Annual administration report of the Civil Veterinary Department of India - 1894-1895
Year: 1894
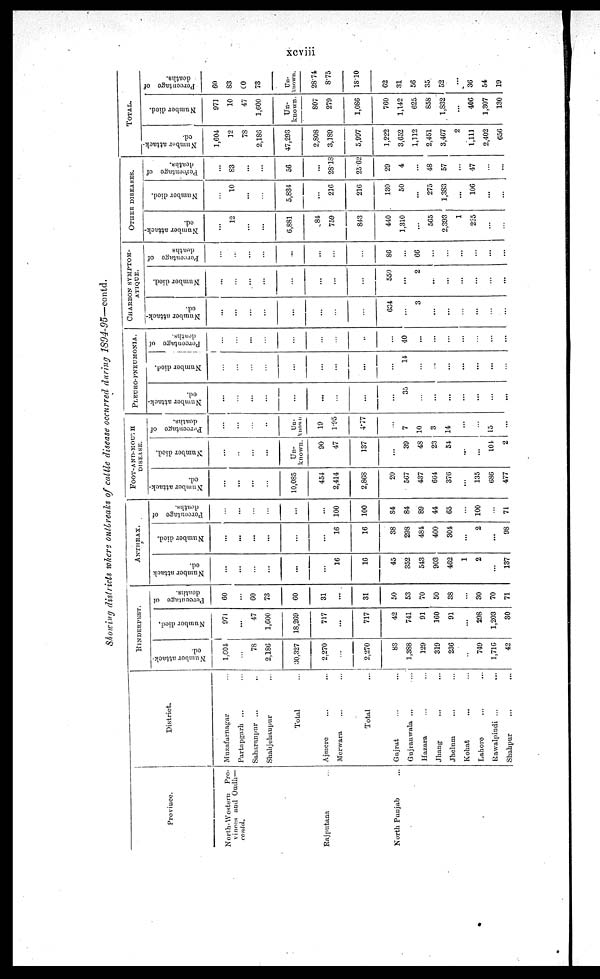
xcviii
Showing districts where oullreaks of cattle disease occurred, during 1894-95—contd.
Province.
North-Western
Pro-
vinces and Oudh—
contd.
Rajputana ...
North Punjab ...
District.
Muzafarnagar...
Partapgarh ... ...
Saharanpur ...
...
Shahjehaupur ...
Total... ...
Ajmere ... ...
Merwara ... ...
Total
...
Gujrat ... ...
Gujranwala ... ...
Hazara ... ...
Jhang
...
...
Jhelum ... ...
Kohat ... ...
Lahore...
Rawalpindi ...
...
Shahpur
...
...
RINDERPEST.
Number attack-
ed.
1,604
...
78
2,186
30,327
2,270
...
2,270
83
1,388
129
319
236
...
749
1,716
42
Number died.
971
...
47
1,600
18,269
717
...
717
42
741
91
160
91
...
298
1,203
30
Percontage of
deaths.
60
...
60
73
60
31
...
31
50
53
70
50
38
...
30
70
71
ANTHRAX.
Number attack
ed.
...
...
...
...
...
...
16
16
45
352
543
903
462
1
2
...
137
Number died.
...
...
...
...
...
...
16
16
38
298
484
400
304
...
2
...
98
Percentage of
deaths.
...
...
...
...
...
...
100
100
84
84
89
44
65
...
100
...
71
FOOT-AND-MOUTH
DISEASE.
Number attack-
ed.
...
...
...
...
10,085
451
2,414
2,868
20
567
437
664
376
...
135
686
477
Number died.
...
...
...
...
Un-
known.
90
47
137
...
39
48
23
54
...
...
104
2
Percentage of
deaths.
...
...
...
...
Un-
known
19
1.95
4.77
...
7
10
3
14
...
...
15
...
PLEURO-PNEUMONIA.
Number attack-
ed.
...
...
...
...
...
...
...
...
...
35
...
...
...
...
...
...
...
Number died.
...
...
...
...
...
...
...
...
...
14
...
...
...
...
...
...
...
Percentage of
deaths.
...
...
...
...
...
...
...
...
...
40
...
...
...
...
...
...
...
CHARBON
SYMPTOM¬
ATIQUE.
Number attack-
ed.
...
...
...
...
...
...
...
...
684
...
3
...
...
...
...
...
...
Number died.
...
...
...
...
...
...
...
...
550
...
2
..
...
...
...
...
...
Percentage of
deaths
...
...
...
...
...
...
...
...
86
...
66
...
...
...
...
...
...
OTHER
DISEASES.
Number attack-
ed.
...
12
...
...
6,881
84
759
843
440
1,310
...
565
2,393
1
255
...
...
Number died.
...
10
...
...
5,834
...
216
216
130
50
...
275
1,383
...
106
...
...
Percentage of
deaths.
...
83
...
...
56
...
28.18
25.62
29
4
...
48
57
...
47
...
...
TOTAL.
Number attack-
ed.
1,604
12
78
2,186
47,293
2,808
3,189
5,997
1,222
3,652
1,112
2,451
3,467
2
1,111
2,402
656
Number died.
971
10
47
1,600
Un-
known.
807
279
1,086
760
1,142
625
858
1,832
...
406
1,307
130
Percentage of
deaths.
60
83
60
73
Un-
known.
28.74
8.75
18.10
62
31
56
35
52
...
36
54
19